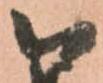
被